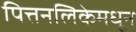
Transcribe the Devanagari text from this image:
पित्तनलिकेमधून